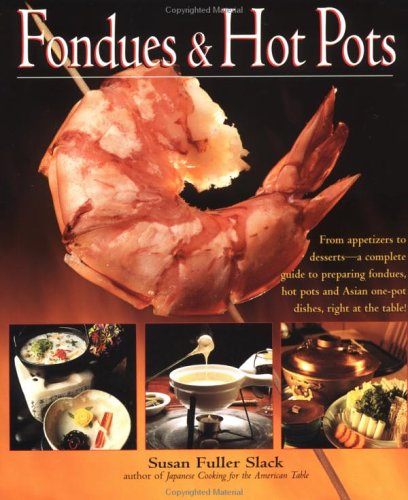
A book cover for Fondues & Hot Pots; Susan Fuller Slack; Cookbooks, Food & Wine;